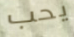
يحب